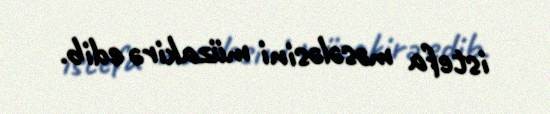
istefa məsələsini müzakirə edib.